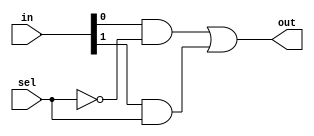
module mux2to1(in,sel,out);
input[1:0] in;
input sel;
output out;
wire t1,t2,t3;
not G1(t1,sel);
and G2(t2,in[0],t1);
and G3(t3,in[1],sel);
or G4(out,t2,t3);
endmodule
module mux4to1(in,sel,out);
input[3:0] in;
input[1:0] sel;
output out;
wire[1:0] t;
mux2to1 M0(in[1:0],sel[0],t[0]);
mux2to1 M1(in[3:2],sel[0],t[1]);
mux2to1 M2(t,sel[1],out);
endmodule
module mux16to1(in,sel,out);
input[15:0] in;
input[3:0] sel;
output out;
wire[3:0] t;
mux4to1 M0(in[3:0],sel[1:0],t[0]);
mux4to1 M1(in[7:4],sel[1:0],t[1]);
mux4to1 M2(in[11:8],sel[1:0],t[2]);
mux4to1 M3(in[15:12],sel[1:0],t[3]);
mux4to1 M4(t,sel[3:2],out);
endmodule